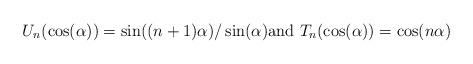
LaTeX: \begin{align*}U_{n}(\cos(\alpha))\allowbreak=\allowbreak\sin((n+1)\alpha)/\sin(\alpha)\text{and }T_{n}(\cos(\alpha))\allowbreak=\allowbreak\cos(n\alpha) \end{align*}